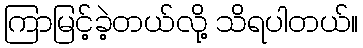
ကြာမြင့်ခဲ့တယ်လို့ သိရပါတယ်။